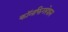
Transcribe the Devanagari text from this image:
कॉनफिगरेशन